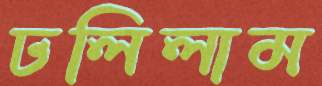
ঢলিলাম